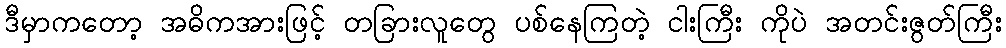
ဒီမှာကတော့ အဓိကအားဖြင့် တခြားလူတွေ ပစ်နေကြတဲ့ ငါးကြီး ကိုပဲ အတင်းဇွတ်ကြီး